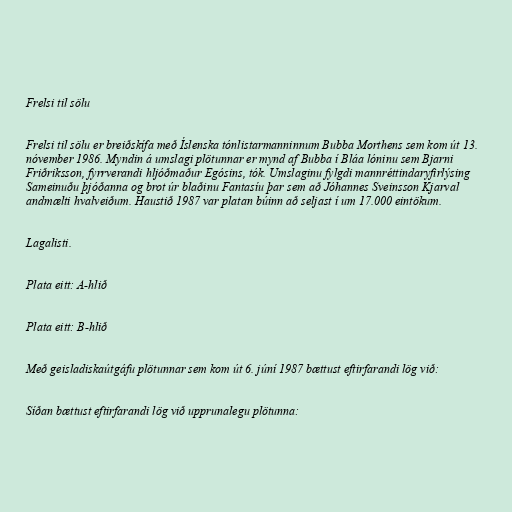
Frelsi til sölu

Frelsi til sölu er breiðskífa með Íslenska tónlistarmanninnum Bubba Morthens sem kom út 13.
nóvember 1986. Myndin á umslagi plötunnar er mynd af Bubba í Bláa lóninu sem Bjarni
Friðriksson, fyrrverandi hljóðmaður Egósins, tók. Umslaginu fylgdi mannréttindaryfirlýsing
Sameinuðu þjóðanna og brot úr blaðinu Fantasíu þar sem að Jóhannes Sveinsson Kjarval
andmælti hvalveiðum. Haustið 1987 var platan búinn að seljast í um 17.000 eintökum.

Lagalisti.

Plata eitt: A-hlið

Plata eitt: B-hlið

Með geisladiskaútgáfu plötunnar sem kom út 6. júní 1987 bættust eftirfarandi lög við:

Síðan bættust eftirfarandi lög við upprunalegu plötunna: